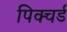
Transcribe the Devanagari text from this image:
पिक्चर्ड